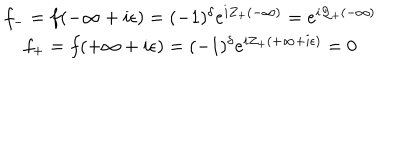
\begin{array} { c } { { f _ { - } = f ( - \infty + i \epsilon ) = ( - 1 ) ^ { \delta } e ^ { i Z _ { + } ( - \infty ) } = e ^ { i { \cal Q } _ { + } ( - \infty ) } } } \\ { { f _ { + } = f ( + \infty + i \epsilon ) = ( - 1 ) ^ { \delta } e ^ { i Z _ { + } ( + \infty + i \epsilon ) } = 0 } } \\ \end{array}